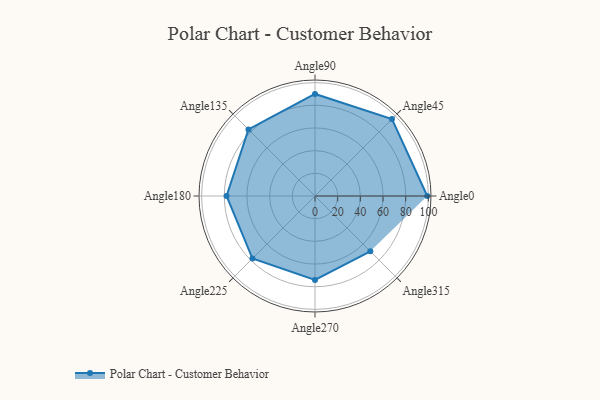
{"axis": {"x": "Angle", "y": "Radius"}, "legend": [""], "data": [{"x": "Angle0", "y": 99.0, "type": ""}, {"x": "Angle45", "y": 96.0, "type": ""}, {"x": "Angle90", "y": 90.0, "type": ""}, {"x": "Angle135", "y": 83.0, "type": ""}, {"x": "Angle180", "y": 78.0, "type": ""}, {"x": "Angle225", "y": 78.0, "type": ""}, {"x": "Angle270", "y": 74.0, "type": ""}, {"x": "Angle315", "y": 69.0, "type": ""}]}